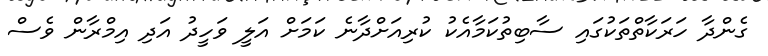
ގެންދާ ހަރަކާތްތަކުގައި ސާބިތުކަމާއެކު ކުރިއަށްދާނެ ކަމަށް އަލީ ވަހީދު އަދި އިމްރާން ވެސް